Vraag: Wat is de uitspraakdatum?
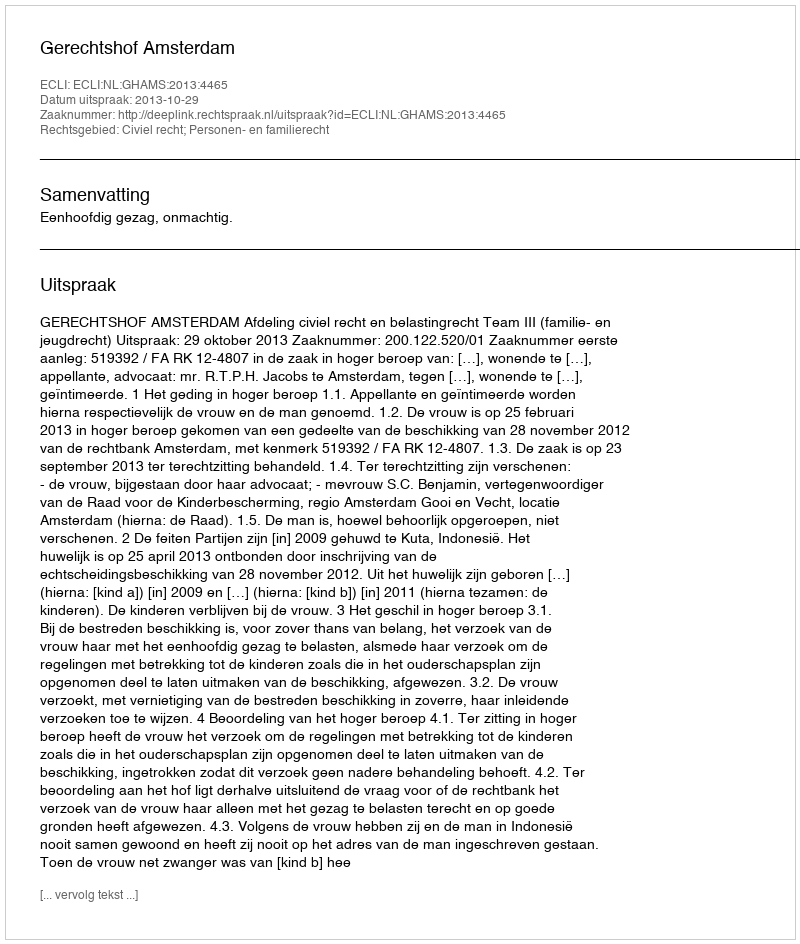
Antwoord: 2013-10-29